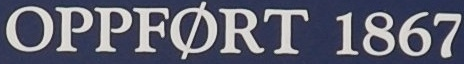
OPPFORT 1867